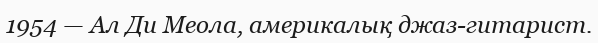
1954 — Ал Ди Меола, америкалық джаз-гитарист.